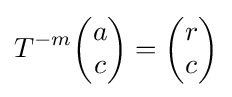
T^{-m}{\begin{pmatrix}a\\c\end{pmatrix}}={\begin{pmatrix}r\\c\end{pmatrix}}